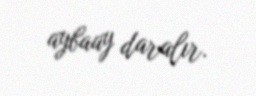
aybaay daralır.